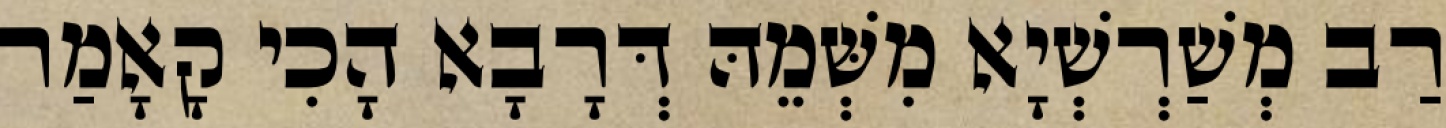
רַב מְשַׁרְשְׁיָא מִשְּׁמֵהּ דְּרָבָא הָכִי קָאָמַר